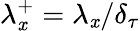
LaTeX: \lambda_{\mathit{x}}^{+}=\lambda_{\mathit{x}}/\delta_{\tau}